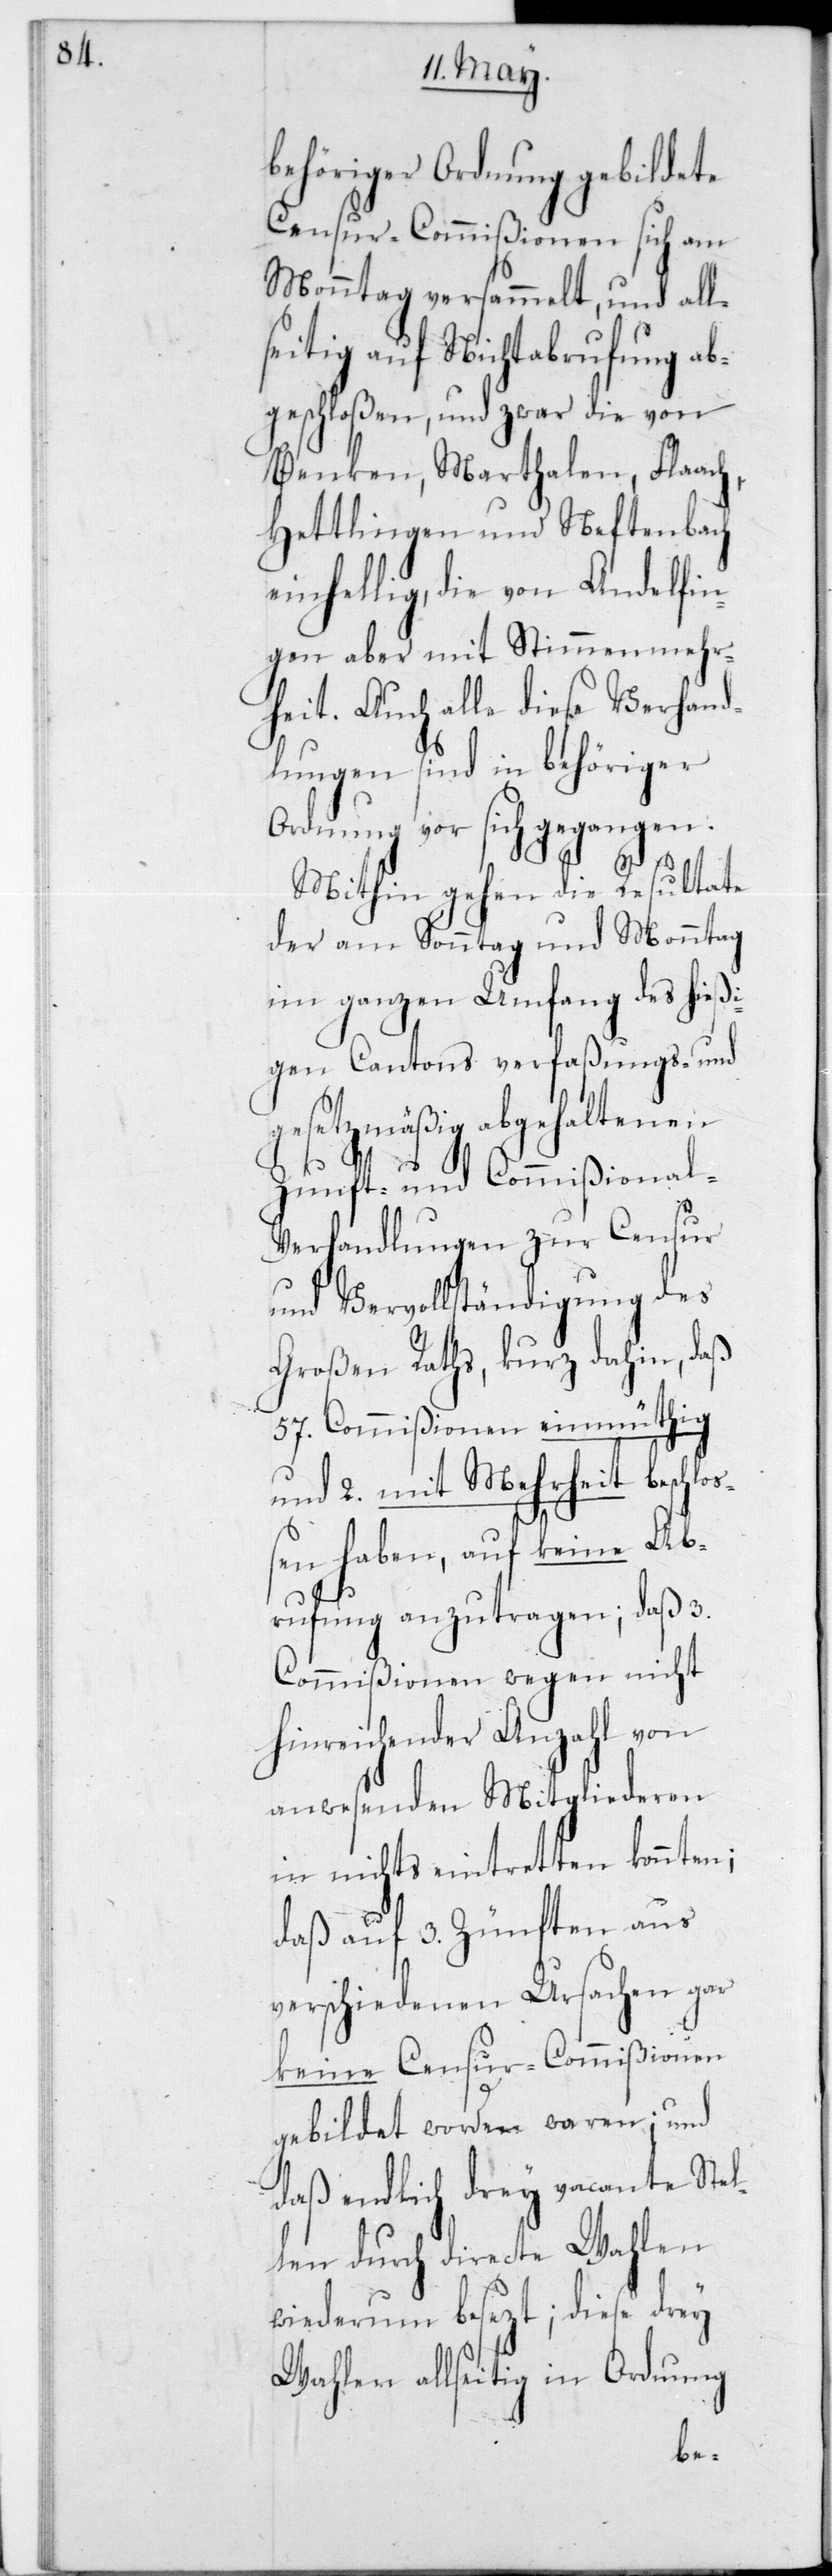
behöriger Ordnung gebildete
Censur-Commißionen sich am
Monntag versammelt, und all¬
seitig auf Nichtabrufung ab¬
geschloßen, und zwar die von
Benken, Marthalen, Flaach,
Hettlingen und Neftenbach
einhellig, die von Andelfin¬
gen aber mit Stimmenmehr¬
heit. Auch alle diese Verhand¬
lungen sind in behöriger
Ordnung vor sich gegangen.
Mithin gehen die Resultate
der am Sonntag und Monntag
im ganzen Umfang des hießi¬
gen Cantons verfaßungs- und
gesetzmäßig abgehaltenen
Zunft- und Commißional-V¬
erhandlungen zur Censur
und Vervollständigung des
Großen Raths, kurz dahin, daß
57 Commißionen einmüthig
und 2 mit Mehrheit beschlo¬
ßen haben, auf keine Ab¬
rufung anzutragen; daß 3
Commißionen wegen nicht
hinreichender Anzahl von
anwesenden Mitgliederen
in nichts eintretten konnten;
daß auf 3 Zünften aus
verschiedenen Ursachen gar
keine Censur-Commißionen
gebildet worden waren; und
daß endlich drey vacante Stel¬
len durch directe Wahlen
wiederum besezt; diese drey
Wahlen allseitig in Ordnung